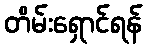
တိမ်းရှောင်ရန်